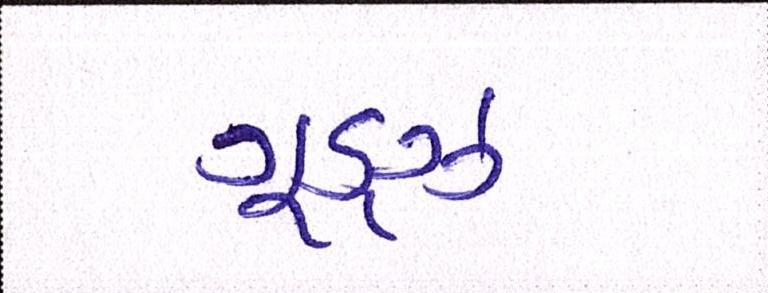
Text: ગૂડ્ઝ